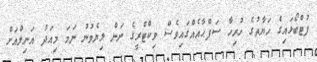
ފުޓްބޯޅައިގެ ހަޔާތުގެ ހުރިހާ ސަފްޙާއެއްގައިވެސް ވިކްޓްރީގެ ނަން ލިޔެވުނު ނަމަ މިއަދު އަނިލްއަށް